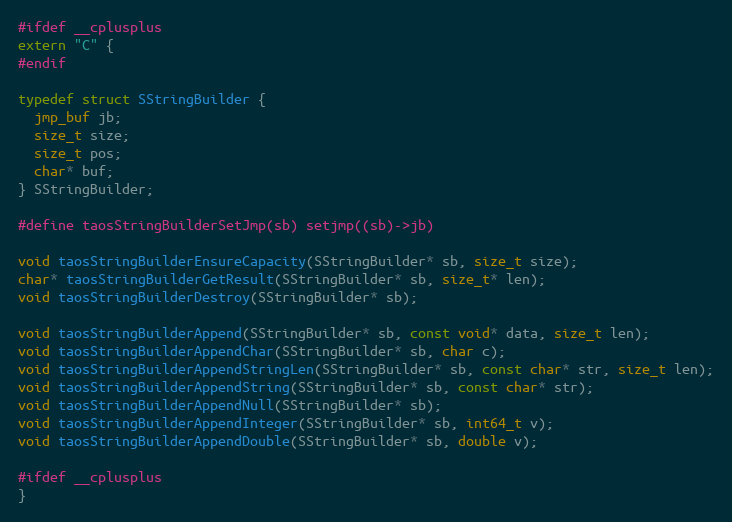
Language: C
#ifdef __cplusplus
extern "C" {
#endif

typedef struct SStringBuilder {
  jmp_buf jb;
  size_t size;
  size_t pos;
  char* buf;
} SStringBuilder;

#define taosStringBuilderSetJmp(sb) setjmp((sb)->jb)

void taosStringBuilderEnsureCapacity(SStringBuilder* sb, size_t size);
char* taosStringBuilderGetResult(SStringBuilder* sb, size_t* len);
void taosStringBuilderDestroy(SStringBuilder* sb);

void taosStringBuilderAppend(SStringBuilder* sb, const void* data, size_t len);
void taosStringBuilderAppendChar(SStringBuilder* sb, char c);
void taosStringBuilderAppendStringLen(SStringBuilder* sb, const char* str, size_t len);
void taosStringBuilderAppendString(SStringBuilder* sb, const char* str);
void taosStringBuilderAppendNull(SStringBuilder* sb);
void taosStringBuilderAppendInteger(SStringBuilder* sb, int64_t v);
void taosStringBuilderAppendDouble(SStringBuilder* sb, double v);

#ifdef __cplusplus
}